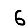
Digit: 6